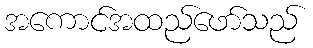
အကောင်အထည်ဖော်သည်